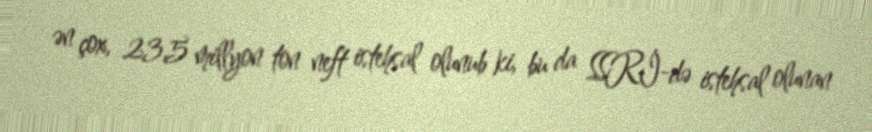
ən çox, 23,5 millyon ton neft istehsal olunub ki, bu da SSRİ-də istehsal olunan